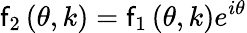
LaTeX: \mathsf{f}_{2}\left(\theta,k\right)=\mathsf{f}_{1}\left(\theta,k\right)e^{i\theta}